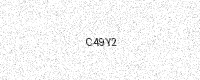
Text: C49Y2